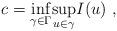
LaTeX: \begin{align*} c=\underset{\gamma\in \Gamma }{\inf}\underset{u\in \gamma}{\sup} I(u)~,\end{align*}